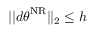
| | d { \boldsymbol { \theta } } ^ { \mathrm { N R } } | | _ { 2 } \leq h